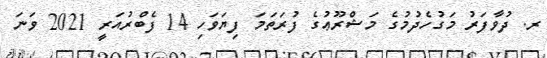
ރ. ދުވާފަރު މަގުހެދުމުގެ މަޝްރޫޢުގެ ފުރަތަމަ ފިޔަވަހި 14 ފެބްރުއަރީ 2021 ވަނަ